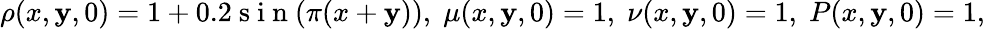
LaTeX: \rho(x,\mathbf{y},0)=1+0.2\mathrm{{~s~i~n~}}(\pi(x+\mathbf{y})),\; \mu(x,\mathbf{y},0)=1,\; \nu(x,\mathbf{y},0)=1,\; P(x,\mathbf{y},0)=1,